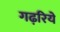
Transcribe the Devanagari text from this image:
गढ़रिये